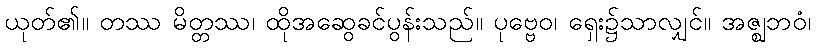
ယုတ်၏။ တဿ မိတ္တဿ၊ ထိုအဆွေခင်ပွန်းသည်။ ပုဗ္ဗေဝ၊ ရှေး၌သာလျှင်။ အဇ္ဈဘဝံ၊